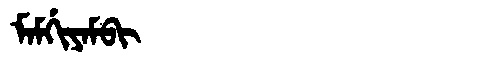
Manchu: ᠮᠠᠮᡤᡳᠶᠠᠮᠪᡳ
Romanization: MAMGIYAMBI